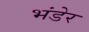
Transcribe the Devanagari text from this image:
भंडेर